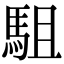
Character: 駔